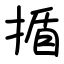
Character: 揗